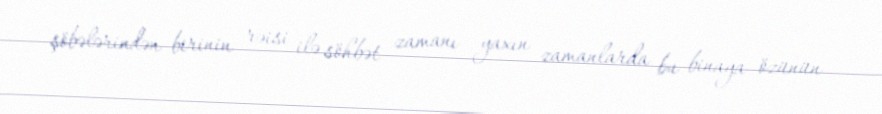
şöbələrindən birinin rəisi ilə söhbət zamanı yaxın zamanlarda bu binaya özünün